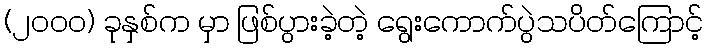
(၂၀၀၀) ခုနှစ်က မှာ ဖြစ်ပွားခဲ့တဲ့ ရွေးကောက်ပွဲသပိတ်ကြောင့်